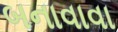
બનાવાવા